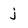
Character: j